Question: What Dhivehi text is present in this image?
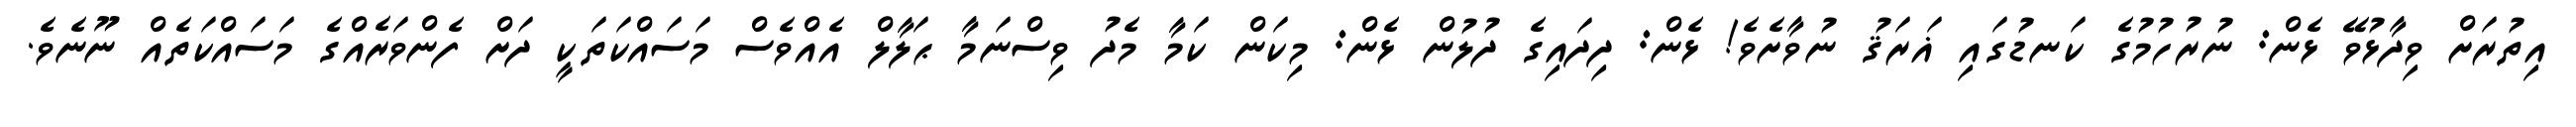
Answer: އިތުރަށް ވިދާޅުވޭ ޅެން: ނުރުހުމުގެ ކަނޑުގައި ޣަރަޤު ނުވާށެވެ! ޅެން: ދިދައިގެ ދުލުން ޅެން: މިކަން ކަމާ މެދު ވިސްނަމާ ޙަލާލް އެއްވެސް މަސައްކަތަކީ ދަށް ފެންވަރެއްގެ މަސައްކަތެއް ނޫނެވެ.